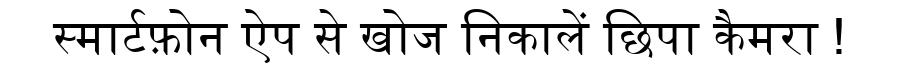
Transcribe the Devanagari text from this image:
स्मार्टफ़ोन ऐप से खोज निकालें छिपा कैमरा !